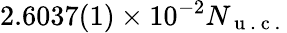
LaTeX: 2.6037(1)\times 10^{-2}N_{\mathrm{~u~.~c~.~}}